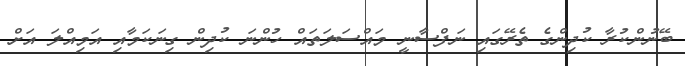
ބޭނުންކުރާ ކުދިންގެ ތެރޭގައި ނަފްސާނީ މައްސަލަތައް ހުންނަ ކުދިން ގިނަކަމާއި އަމިއްލަ އަށް